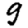
Digit: 9